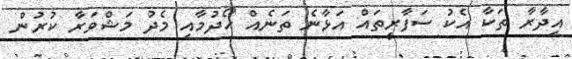
އިދާރާ ތަކާ އެކު ސަފާރީތައް އަޅާނެ ތަނެއް ހޯދުމާއި މެދު މަޝްވަރާ ކުރުން